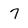
Character: 7